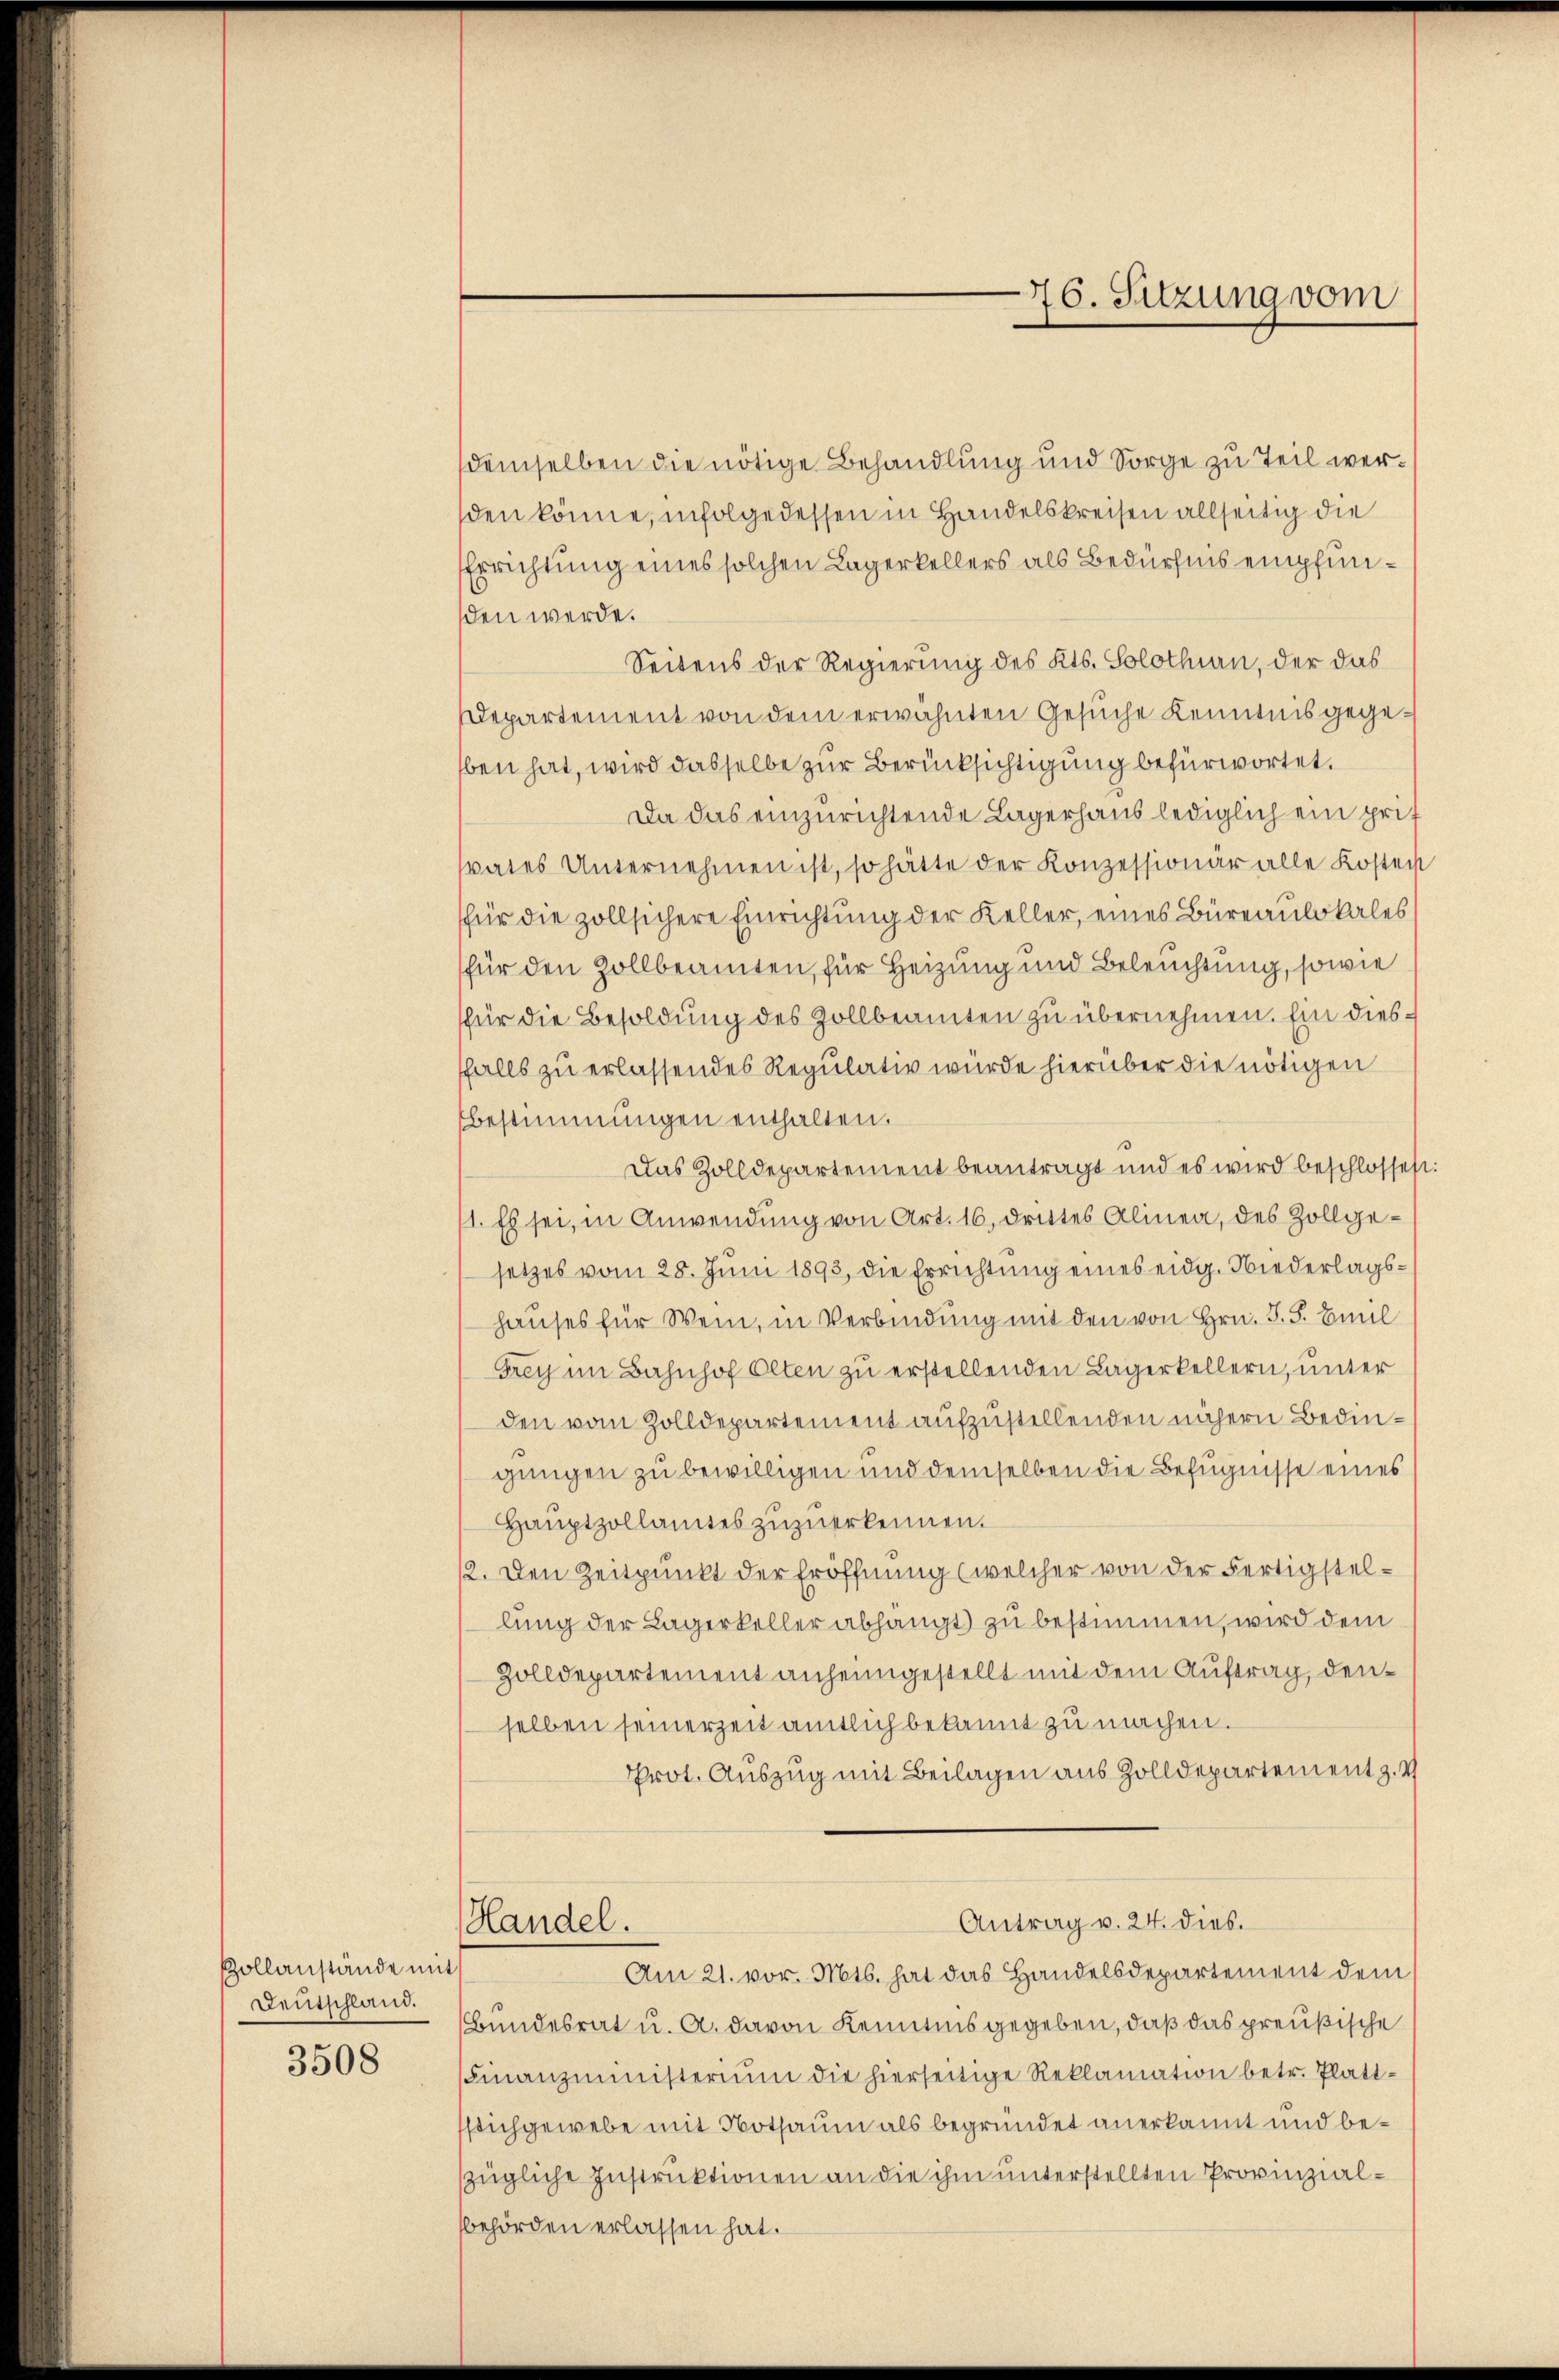
3508

Zollanstände mit
Deutschland.

demselben die nötige Behandlung und Sorge zu Teil wersden könne, infolge dessen in Handelskreisen allseitig die
Errichtung eines solchen Lagerkellers als Bedürfnis empfunsden werde.
Seitens der Regierung des Kts. Solothin, der das
Departement von dem erwähnten Gesuche Kenntnis gegeben hat, wird dasselbe zur Berücksichtigung befürwortet.
Da das einzurichtende Lagerhaus lediglich ein prif
srates Unternehmen ist, so hätte der Konzessionär alle Kostent
für die zollsichere Einrichtung der Keller, eines Büreaulokales
für den Zollbeamten, für Heizung und Beleuchtung, sowie
für die Besoldung des Zollbeamten zu übernehmen. Ein diesfalls zu erlassendes Regulativ würde hierüber die nötigen
Bestimmungen enthalten.
Das Zolldepartement beantragt und es wird beschlossen:
1. Es sei, in Anwendung von Art. 16. drittes Alinea, des Zollgesetzes vom 28. Juni 1893, die Errichtung eines eidg. Niederlagshauses für Wein, in Verbindung mit den von Hrn. F. S. Emil
Frey im Bahnhof Olten zu erstellenden Lagerkellern, unter
den vom Zolldepartement aufzustellenden nähern Bedingungen zu bewilligen und demselben die Befugnisse eines
Hauptzollamtes zuzuerkennen.
12. Den Zeitpunkt der Eröffnung (welcher von der Fertigstellung der Lagerkoller abhängt zu bestimmen, wird dem
Zolldepartement anheimgestellt mit dem Auftrag, denselben seinerzeit amtlich bekannt zu machen.
Prot. Auszug mit Beilagen aus Zolldepartement z. v
Antrag v. 24. dies.
Handel.
Am 21. vor. Mts. hat das Handelsdepartement dem
Bundesrat u. A. davon Kenntnis gegeben, daß das preußische
Finanzministerium die hierseitige Reklamation betr. Platt-
sich gewebe mit Nothaum als begründet anerkannt und bezügliche Instruktionen an die ihm unterstellten Provinzialbehörden erlassen hat.

76. Sitzung vom